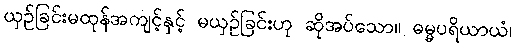
ယှဉ်ခြင်းမထုန်အကျင့်နှင့် မယှဉ်ခြင်းဟု ဆိုအပ်သော။ ဓမ္မပရိယာယံ၊